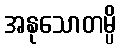
အနုသောတမ္ပိ